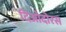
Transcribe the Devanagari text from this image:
दिओदोरस